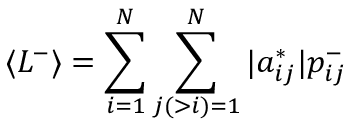
\langle L ^ { - } \rangle = \sum _ { i = 1 } ^ { N } \sum _ { j ( > i ) = 1 } ^ { N } | a _ { i j } ^ { * } | p _ { i j } ^ { - }